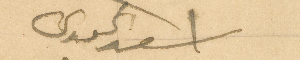
اسعد غبريل